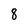
Character: 8